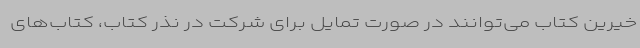
خیرین کتاب می‌توانند در صورت تمایل برای شرکت در نذر کتاب، کتاب‌های